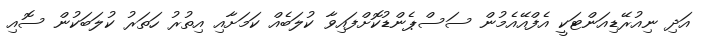
އަދި ނިއުރޭޑިއަންޓަކީ އެފްއޭއެމުން ސަސްޕެންޑުކޮށްފައިވާ ކުލަބެއް ކަމަށާއި އިތުރު ހަތަރު ކުލަބަކުން ސޮއި